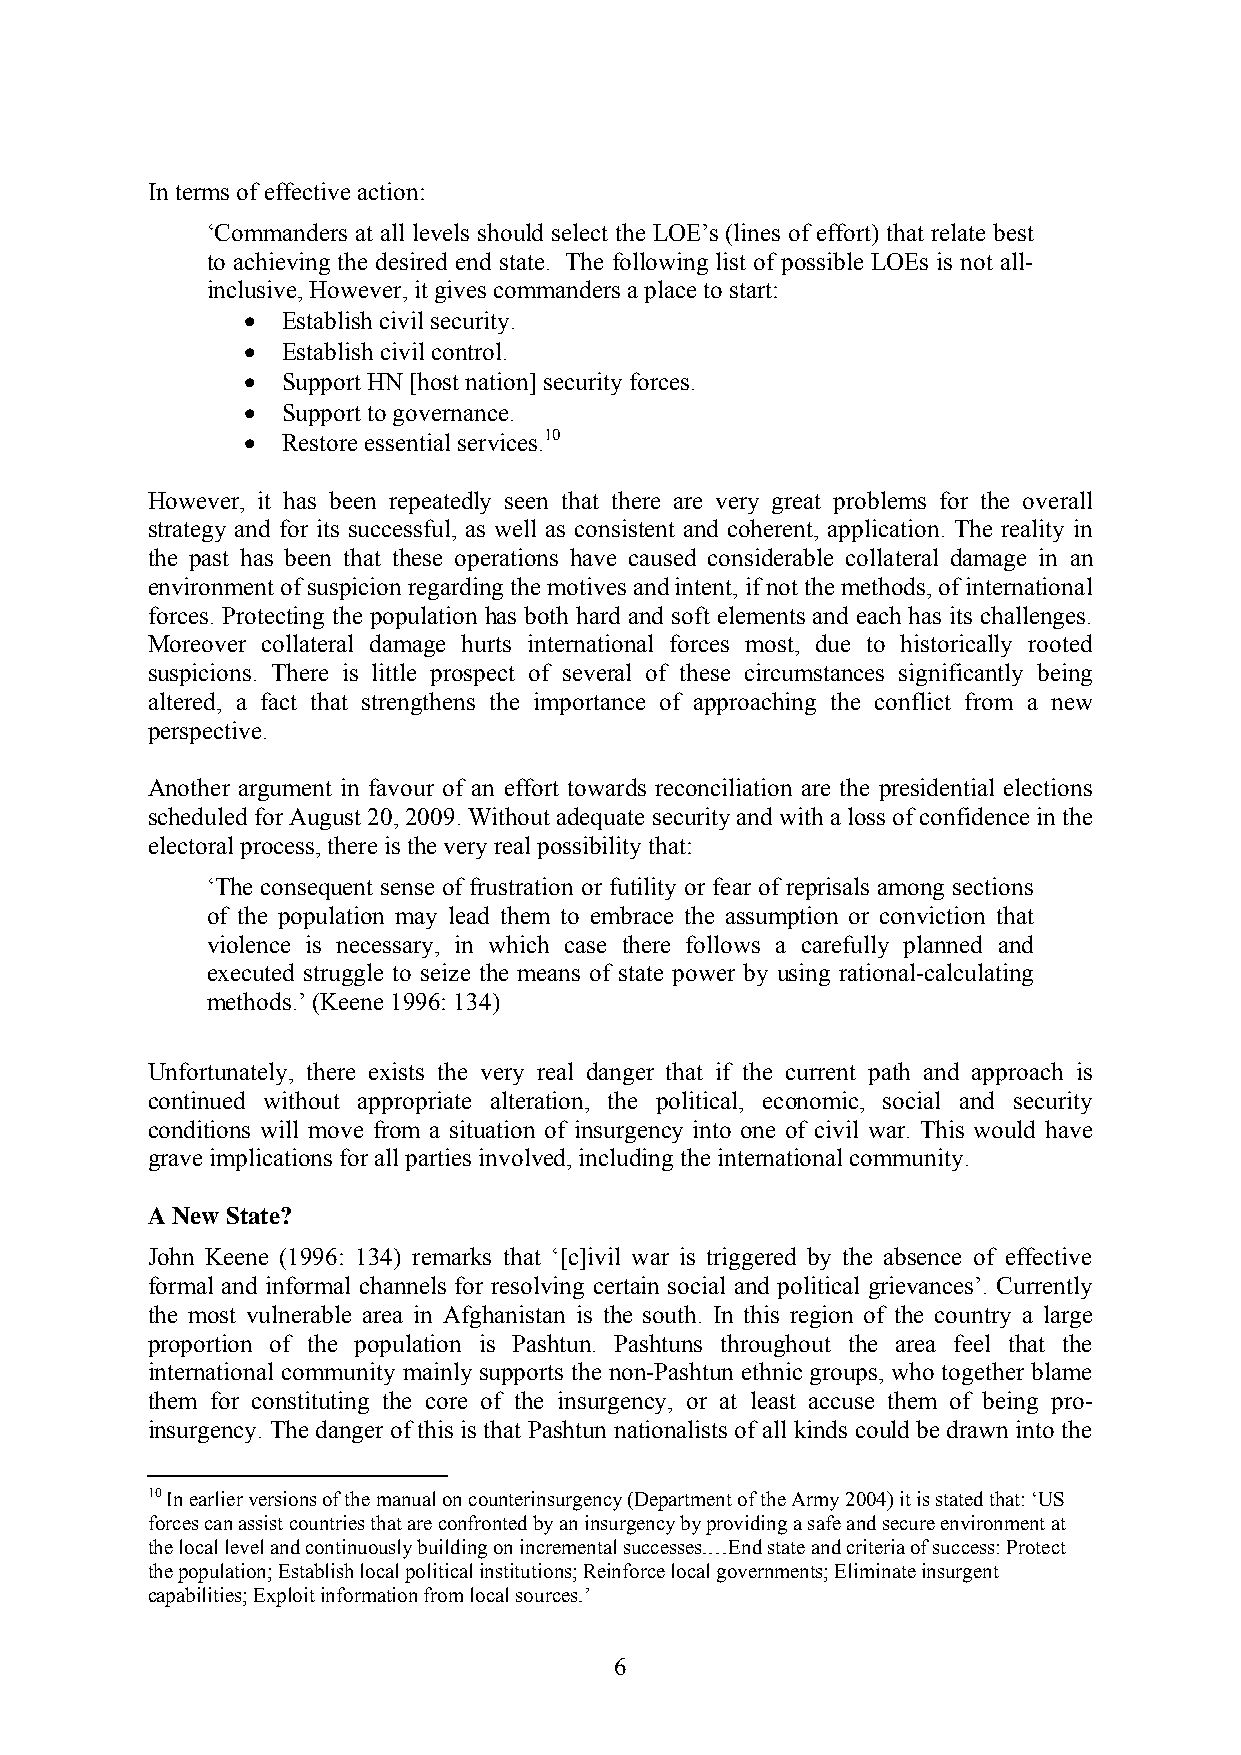
In terms of effective action:
 ‘Commanders at all levels should select the LOE’s (lines of effort) that relate best
 to achieving the desired end state. The following list of possible LOEs is not all-
 inclusive, However, it gives commanders a place to start:
 •  Establish civil security.
 •  Establish civil control.
 •  Support HN [host nation] security forces.
 •  Support to governance.
 •  Restore essential services.10
 However, it has been repeatedly seen that there are very great problems for the overall
 strategy and for its successful, as well as consistent and coherent, application. The reality in
 the past has been that these operations have caused considerable collateral damage in an
 environment of suspicion regarding the motives and intent, if not the methods, of international
 forces. Protecting the population has both hard and soft elements and each has its challenges.
 Moreover collateral damage hurts international forces most, due to historically rooted
 suspicions. There is little prospect of several of these circumstances significantly being
 altered, a fact that strengthens the importance of approaching the conflict from a new
 perspective.
 Another argument in favour of an effort towards reconciliation are the presidential elections
 scheduled for August 20, 2009. Without adequate security and with a loss of confidence in the
 electoral process, there is the very real possibility that:
 ‘The consequent sense of frustration or futility or fear of reprisals among sections
 of the population may lead them to embrace the assumption or conviction that
 violence is necessary, in which case there follows a carefully planned and
 executed struggle to seize the means of state power by using rational-calculating
 methods.’ (Keene 1996: 134)
 Unfortunately, there exists the very real danger that if the current path and approach is
 continued without appropriate alteration, the political, economic, social and security
 conditions will move from a situation of insurgency into one of civil war. This would have
 grave implications for all parties involved, including the international community.
 A New State?
 John Keene (1996: 134) remarks that ‘[c]ivil war is triggered by the absence of effective
 formal and informal channels for resolving certain social and political grievances’. Currently
 the most vulnerable area in Afghanistan is the south. In this region of the country a large
 proportion of the population is Pashtun. Pashtuns throughout the area feel that the
 international community mainly supports the non-Pashtun ethnic groups, who together blame
 them for constituting the core of the insurgency, or at least accuse them of being pro-
 insurgency. The danger of this is that Pashtun nationalists of all kinds could be drawn into the
 10 In earlier versions of the manual on counterinsurgency (Department of the Army 2004) it is stated that: ‘US
 forces can assist countries that are confronted by an insurgency by providing a safe and secure environment at
 the local level and continuously building on incremental successes.…End state and criteria of success: Protect
 the population; Establish local political institutions; Reinforce local governments; Eliminate insurgent
 capabilities; Exploit information from local sources.’
 6